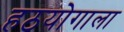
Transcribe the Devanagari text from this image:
हठयोगाला